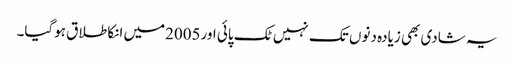
یہ شادی بھی زیادہ دنوں تک نہیں ٹک پائی اور2005میں انکا طلاق ہوگیا۔